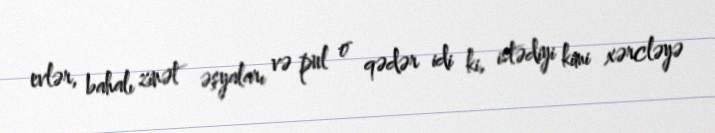
evlər, bahalı zinət əşyaları və pul o qədər idi ki, istədiyi kimi xərcləyə